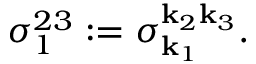
\sigma _ { 1 } ^ { 2 3 } : = \sigma _ { \mathbf { k } _ { 1 } } ^ { \mathbf { k } _ { 2 } \mathbf { k } _ { 3 } } .